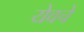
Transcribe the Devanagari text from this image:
येवचे